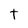
Character: t